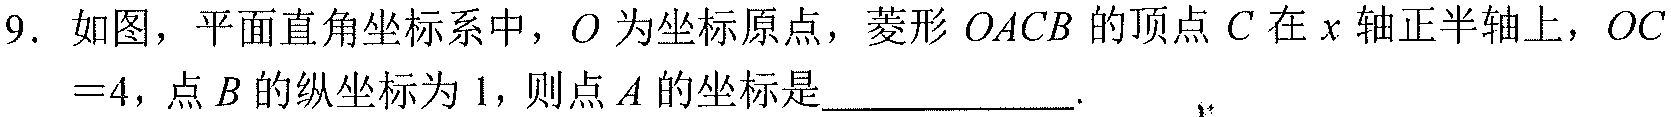
9. 如图，平面直角坐标系中，\(O\)为坐标原点，菱形\(OACB\)的顶点\(C\)在\(x\)轴正半轴上，\(OC =4\)，点\(B\)的纵坐标为\(1\)，则点\(A\)的坐标是____________.